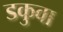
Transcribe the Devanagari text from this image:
डकुवा